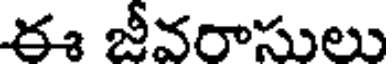
ఈ జీవరాసులు